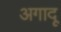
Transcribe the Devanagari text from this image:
अगादू